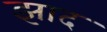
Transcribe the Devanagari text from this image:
झाद